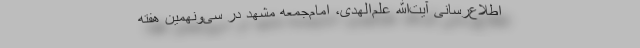
اطلاع‌رسانی آیت‌الله علم‌الهدی، امام‌جمعه مشهد در سی‌ونهمین هفته